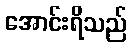
အောင်းရိသည်